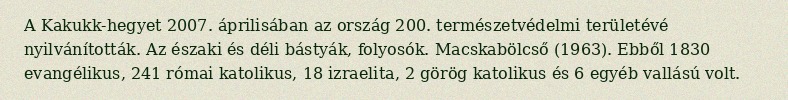
A Kakukk-hegyet 2007. áprilisában az ország 200. természetvédelmi területévé nyilvánították. Az északi és déli bástyák, folyosók. Macskabölcső (1963). Ebből 1830 evangélikus, 241 római katolikus, 18 izraelita, 2 görög katolikus és 6 egyéb vallású volt.